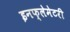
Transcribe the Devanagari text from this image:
इनफ्लेमेटरी